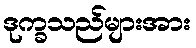
ဒုက္ခသည်များအား